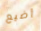
أضيع